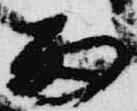
雨